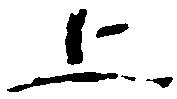
上